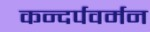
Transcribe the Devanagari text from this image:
कन्दर्पवर्मन